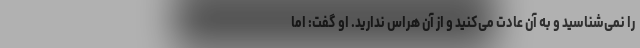
را نمی‌شناسید و به آن عادت می‌کنید و از آن هراس ندارید. او گفت: اما